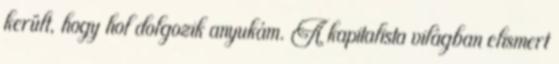
került, hogy hol dolgozik anyukám. A kapitalista világban elismert